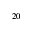
^ { 2 0 }